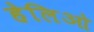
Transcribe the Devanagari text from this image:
हेलिओ